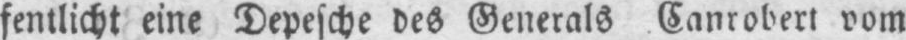
fentlicht eine Depesche des Generals Canrobert vom